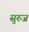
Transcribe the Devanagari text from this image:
सुरुज